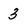
Character: 3